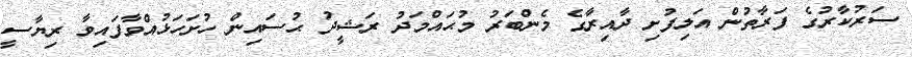
ސަރުކާރުގެ ފަރާތުން އަލިފުށި ދާއިރާގެ މެންބަރު މުޙައްމަދު ރަޝީދު ޙުސައިން ހުށަހަޅުއްވާފައިވާ ރިޔާސީ